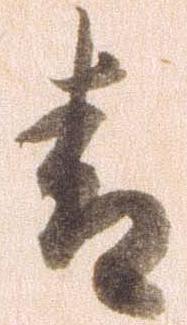
青